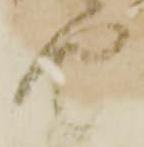
由